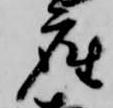
座